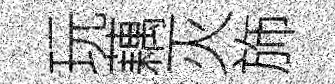
玩藕灭斾